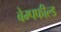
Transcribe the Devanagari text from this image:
बेम्पफील्ड